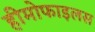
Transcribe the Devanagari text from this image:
हीमोफाइलस